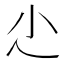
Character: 尐